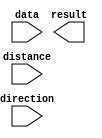
// megafunction wizard: %LPM_CLSHIFT%VBB%
// GENERATION: STANDARD
// VERSION: WM1.0
// MODULE: LPM_CLSHIFT 

// ============================================================
// Megafunction Name(s):
// 			LPM_CLSHIFT
//
// Simulation Library Files(s):
// 			
// ============================================================
// ************************************************************
// THIS IS A WIZARD-GENERATED FILE. DO NOT EDIT THIS FILE!
//
// 13.1.0 Build 162 10/23/2013 SJ Web Edition
// ************************************************************

//Copyright (C) 1991-2013 Altera Corporation
//Your use of Altera Corporation's design tools, logic functions 
//and other software and tools, and its AMPP partner logic 
//functions, and any output files from any of the foregoing 
//(including device programming or simulation files), and any 
//associated documentation or information are expressly subject 
//to the terms and conditions of the Altera Program License 
//Subscription Agreement, Altera MegaCore Function License 
//Agreement, or other applicable license agreement, including, 
//without limitation, that your use is for the sole purpose of 
//programming logic devices manufactured by Altera and sold by 
//Altera or its authorized distributors.  Please refer to the 
//applicable agreement for further details.

module SHIFT (
	data,
	direction,
	distance,
	result);

	input	[31:0]  data;
	input	  direction;
	input	[4:0]  distance;
	output	[31:0]  result;

endmodule

// ============================================================
// CNX file retrieval info
// ============================================================
// Retrieval info: PRIVATE: INTENDED_DEVICE_FAMILY STRING "Cyclone IV GX"
// Retrieval info: PRIVATE: LPM_SHIFTTYPE NUMERIC "0"
// Retrieval info: PRIVATE: LPM_WIDTH NUMERIC "32"
// Retrieval info: PRIVATE: SYNTH_WRAPPER_GEN_POSTFIX STRING "0"
// Retrieval info: PRIVATE: lpm_widthdist NUMERIC "5"
// Retrieval info: PRIVATE: lpm_widthdist_style NUMERIC "0"
// Retrieval info: PRIVATE: new_diagram STRING "1"
// Retrieval info: PRIVATE: port_direction NUMERIC "2"
// Retrieval info: LIBRARY: lpm lpm.lpm_components.all
// Retrieval info: CONSTANT: LPM_SHIFTTYPE STRING "LOGICAL"
// Retrieval info: CONSTANT: LPM_TYPE STRING "LPM_CLSHIFT"
// Retrieval info: CONSTANT: LPM_WIDTH NUMERIC "32"
// Retrieval info: CONSTANT: LPM_WIDTHDIST NUMERIC "5"
// Retrieval info: USED_PORT: data 0 0 32 0 INPUT NODEFVAL "data[31..0]"
// Retrieval info: USED_PORT: direction 0 0 0 0 INPUT NODEFVAL "direction"
// Retrieval info: USED_PORT: distance 0 0 5 0 INPUT NODEFVAL "distance[4..0]"
// Retrieval info: USED_PORT: result 0 0 32 0 OUTPUT NODEFVAL "result[31..0]"
// Retrieval info: CONNECT: @data 0 0 32 0 data 0 0 32 0
// Retrieval info: CONNECT: @direction 0 0 0 0 direction 0 0 0 0
// Retrieval info: CONNECT: @distance 0 0 5 0 distance 0 0 5 0
// Retrieval info: CONNECT: result 0 0 32 0 @result 0 0 32 0
// Retrieval info: GEN_FILE: TYPE_NORMAL SHIFT.v TRUE
// Retrieval info: GEN_FILE: TYPE_NORMAL SHIFT.inc TRUE
// Retrieval info: GEN_FILE: TYPE_NORMAL SHIFT.cmp TRUE
// Retrieval info: GEN_FILE: TYPE_NORMAL SHIFT.bsf TRUE
// Retrieval info: GEN_FILE: TYPE_NORMAL SHIFT_inst.v TRUE
// Retrieval info: GEN_FILE: TYPE_NORMAL SHIFT_bb.v TRUE